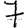
Digit: 7